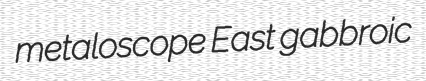
metaloscope East gabbroic